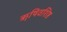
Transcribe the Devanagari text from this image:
ॠषिवशिष्ठ